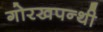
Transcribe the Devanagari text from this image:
गोरखपन्थी